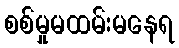
စစ်မှုမထမ်းမနေရ